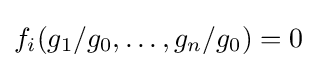
f_{i}(g_{1}/g_{0},\ldots ,g_{n}/g_{0})=0